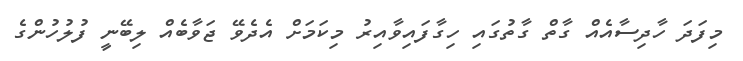
މިފަދަ ހާދިސާއެއް ގާތް ގާތުގައި ހިގާފައިވާއިރު މިކަމަށް އެދެވޭ ޖަވާބެއް ލިބޭނީ ފުލުހުންގެ